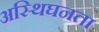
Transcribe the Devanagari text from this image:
अस्थिघनता